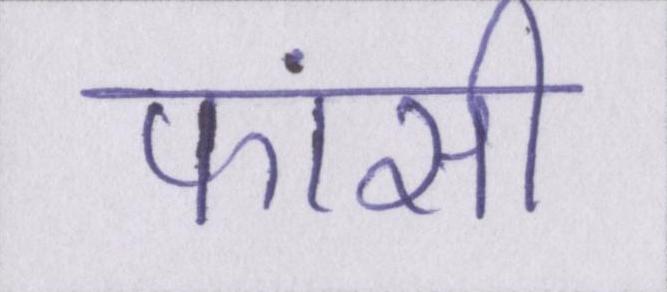
फांसी